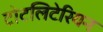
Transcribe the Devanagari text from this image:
टोटलिटेरियन